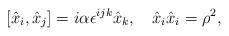
LaTeX: \begin{align*}[\hat{x}_{i},\hat{x}_{j}]=i\alpha\epsilon^{ijk}\hat{x}_{k}, \hspace{0.4cm}\hat{x}_{i}\hat{x}_{i}=\rho^{2}, \end{align*}